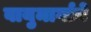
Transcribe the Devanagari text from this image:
वायुमार्गाने